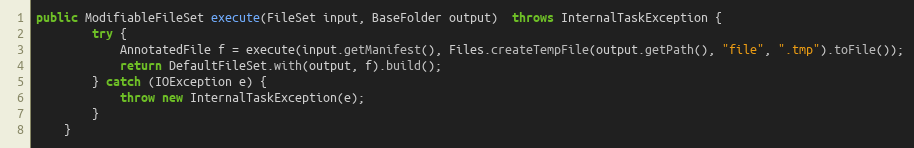
Language: Java
public ModifiableFileSet execute(FileSet input, BaseFolder output)  throws InternalTaskException {
		try {
			AnnotatedFile f = execute(input.getManifest(), Files.createTempFile(output.getPath(), "file", ".tmp").toFile());
			return DefaultFileSet.with(output, f).build();
		} catch (IOException e) {
			throw new InternalTaskException(e);
		}
	}